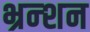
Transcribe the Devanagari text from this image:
भ्रन्शन